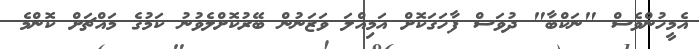
އެމީހުންވެސް "ނަކްބާ" ދުވަސް ފާހަގަކޮށް އަމިއްލަ ވަޒަނުން ބޭރުކޮށްލެވުނު ކަމުގެ މައްޗަށް ކޮންމެ